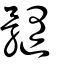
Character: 𩪦